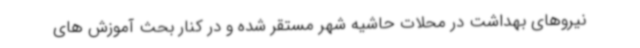
نیروهای بهداشت در محلات حاشیه شهر مستقر شده و در کنار بحث آموزش های